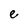
Character: e